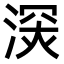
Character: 𣸧